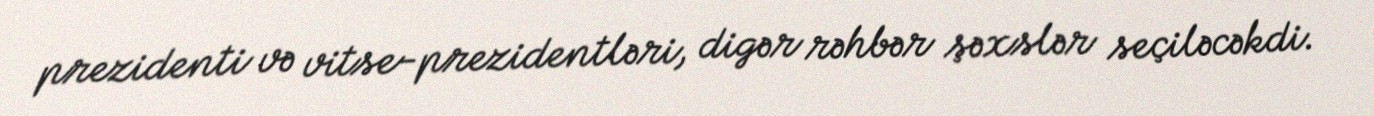
prezidenti və vitse-prezidentləri, digər rəhbər şəxslər seçiləcəkdi.